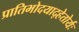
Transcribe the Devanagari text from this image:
प्रातिभोदयाद्हेतोर्यः